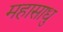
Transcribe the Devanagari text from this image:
महासाधु